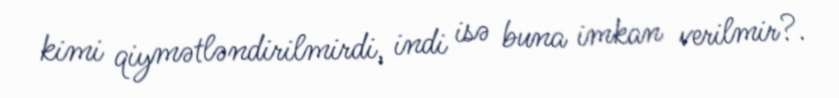
kimi qiymətləndirilmirdi, indi isə buna imkan verilmir?.